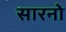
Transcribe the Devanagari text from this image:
सारनो